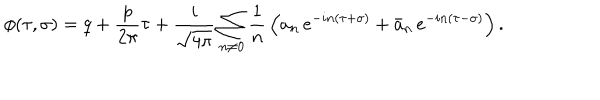
\phi ( \tau , \sigma ) = q + \frac { p } { 2 \pi } \tau + \frac { i } { \sqrt { 4 \pi } } \sum _ { n \neq 0 } \frac { 1 } { n } \, \left( { a _ { n } } \, e ^ { - i n ( \tau + \sigma ) } + { \bar { a } _ { n } } \, e ^ { - i n ( \tau - \sigma ) } \right) .